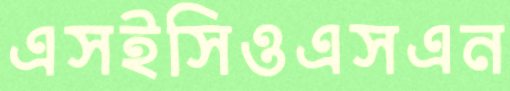
এসইসিওএসএন